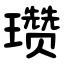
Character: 瓒